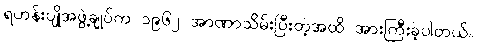
ရဟန်းပျိုအဖွဲ့ချုပ်က ၁၉၆၂ အာဏာသိမ်းပြီးတဲ့အထိ အားကြီးခဲ့ပါတယ်။